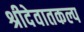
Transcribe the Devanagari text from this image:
श्रीदेवातकल्प